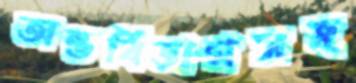
অন্তর্বিভাগসহ